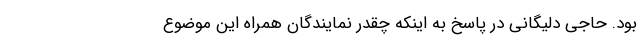
بود. حاجی دلیگانی در پاسخ به اینکه چقدر نمایندگان همراه این موضوع